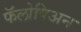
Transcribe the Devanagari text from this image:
फॅलोपिअन